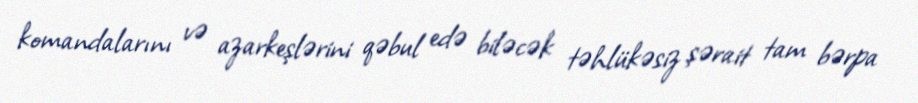
komandalarını və azarkeşlərini qəbul edə biləcək təhlükəsiz şərait tam bərpa